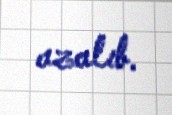
azalıb.